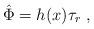
LaTeX: \begin{align*}\hat{\Phi} = h(x) \tau_r \ ,\end{align*}